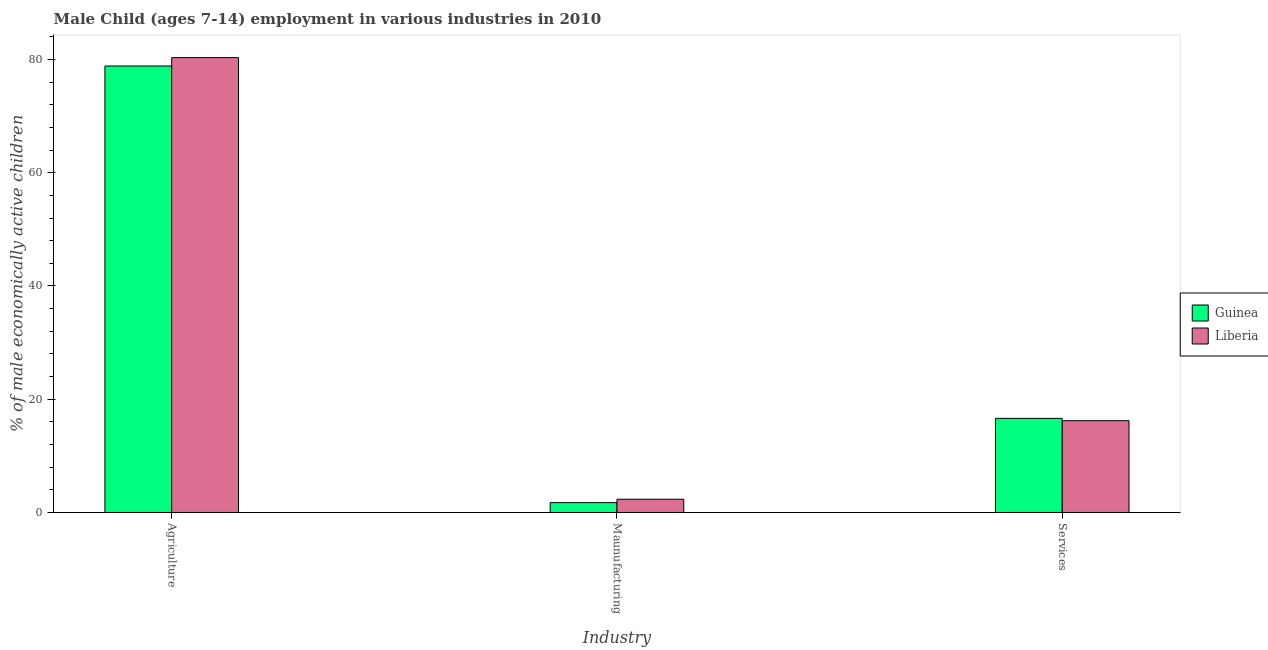
| Industry | Guinea | Liberia |
 | --- | --- | --- |
 | Agriculture | 78.8 | 80.3 |
 | Maunufacturing | 1.74 | 2.34 |
 | Services | 16.6 | 16.2 |